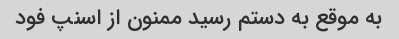
به موقع به دستم رسید ممنون از اسنپ فود